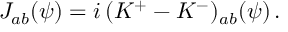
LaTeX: { \cal J } _ { a b } ( \psi ) = i \, ( { \cal K } ^ { + } - { \cal K } ^ { - } ) _ { a b } ( \psi ) \, .